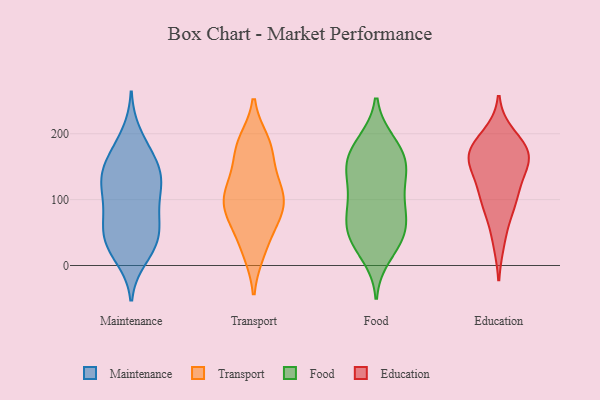
{"axis": {"x": "Demand Index", "y": "Value"}, "legend": ["Education", "Food", "Maintenance", "Transport"], "data": [{"x": "", "y": 46, "type": "Maintenance"}, {"x": "", "y": 21, "type": "Maintenance"}, {"x": "", "y": 42, "type": "Maintenance"}, {"x": "", "y": 199, "type": "Maintenance"}, {"x": "", "y": 112, "type": "Maintenance"}, {"x": "", "y": 158, "type": "Maintenance"}, {"x": "", "y": 66, "type": "Maintenance"}, {"x": "", "y": 126, "type": "Maintenance"}, {"x": "", "y": 89, "type": "Maintenance"}, {"x": "", "y": 80, "type": "Maintenance"}, {"x": "", "y": 170, "type": "Maintenance"}, {"x": "", "y": 135, "type": "Maintenance"}, {"x": "", "y": 12, "type": "Maintenance"}, {"x": "", "y": 171, "type": "Maintenance"}, {"x": "", "y": 129, "type": "Maintenance"}, {"x": "", "y": 132, "type": "Maintenance"}, {"x": "", "y": 73, "type": "Maintenance"}, {"x": "", "y": 37, "type": "Maintenance"}, {"x": "", "y": 33, "type": "Maintenance"}, {"x": "", "y": 134, "type": "Maintenance"}, {"x": "", "y": 116, "type": "Transport"}, {"x": "", "y": 78, "type": "Transport"}, {"x": "", "y": 63, "type": "Transport"}, {"x": "", "y": 121, "type": "Transport"}, {"x": "", "y": 187, "type": "Transport"}, {"x": "", "y": 110, "type": "Transport"}, {"x": "", "y": 179, "type": "Transport"}, {"x": "", "y": 22, "type": "Transport"}, {"x": "", "y": 120, "type": "Transport"}, {"x": "", "y": 76, "type": "Transport"}, {"x": "", "y": 170, "type": "Transport"}, {"x": "", "y": 25, "type": "Transport"}, {"x": "", "y": 93, "type": "Transport"}, {"x": "", "y": 180, "type": "Transport"}, {"x": "", "y": 88, "type": "Transport"}, {"x": "", "y": 157, "type": "Food"}, {"x": "", "y": 108, "type": "Food"}, {"x": "", "y": 147, "type": "Food"}, {"x": "", "y": 115, "type": "Food"}, {"x": "", "y": 78, "type": "Food"}, {"x": "", "y": 82, "type": "Food"}, {"x": "", "y": 38, "type": "Food"}, {"x": "", "y": 47, "type": "Food"}, {"x": "", "y": 136, "type": "Food"}, {"x": "", "y": 15, "type": "Food"}, {"x": "", "y": 66, "type": "Food"}, {"x": "", "y": 188, "type": "Food"}, {"x": "", "y": 175, "type": "Food"}, {"x": "", "y": 82, "type": "Food"}, {"x": "", "y": 155, "type": "Food"}, {"x": "", "y": 187, "type": "Food"}, {"x": "", "y": 150, "type": "Food"}, {"x": "", "y": 36, "type": "Food"}, {"x": "", "y": 46, "type": "Food"}, {"x": "", "y": 112, "type": "Education"}, {"x": "", "y": 157, "type": "Education"}, {"x": "", "y": 197, "type": "Education"}, {"x": "", "y": 124, "type": "Education"}, {"x": "", "y": 38, "type": "Education"}, {"x": "", "y": 173, "type": "Education"}, {"x": "", "y": 156, "type": "Education"}, {"x": "", "y": 90, "type": "Education"}, {"x": "", "y": 175, "type": "Education"}, {"x": "", "y": 172, "type": "Education"}, {"x": "", "y": 166, "type": "Education"}, {"x": "", "y": 90, "type": "Education"}]}